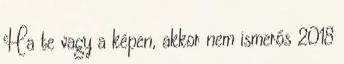
Ha te vagy a képen, akkor nem ismerős 2018